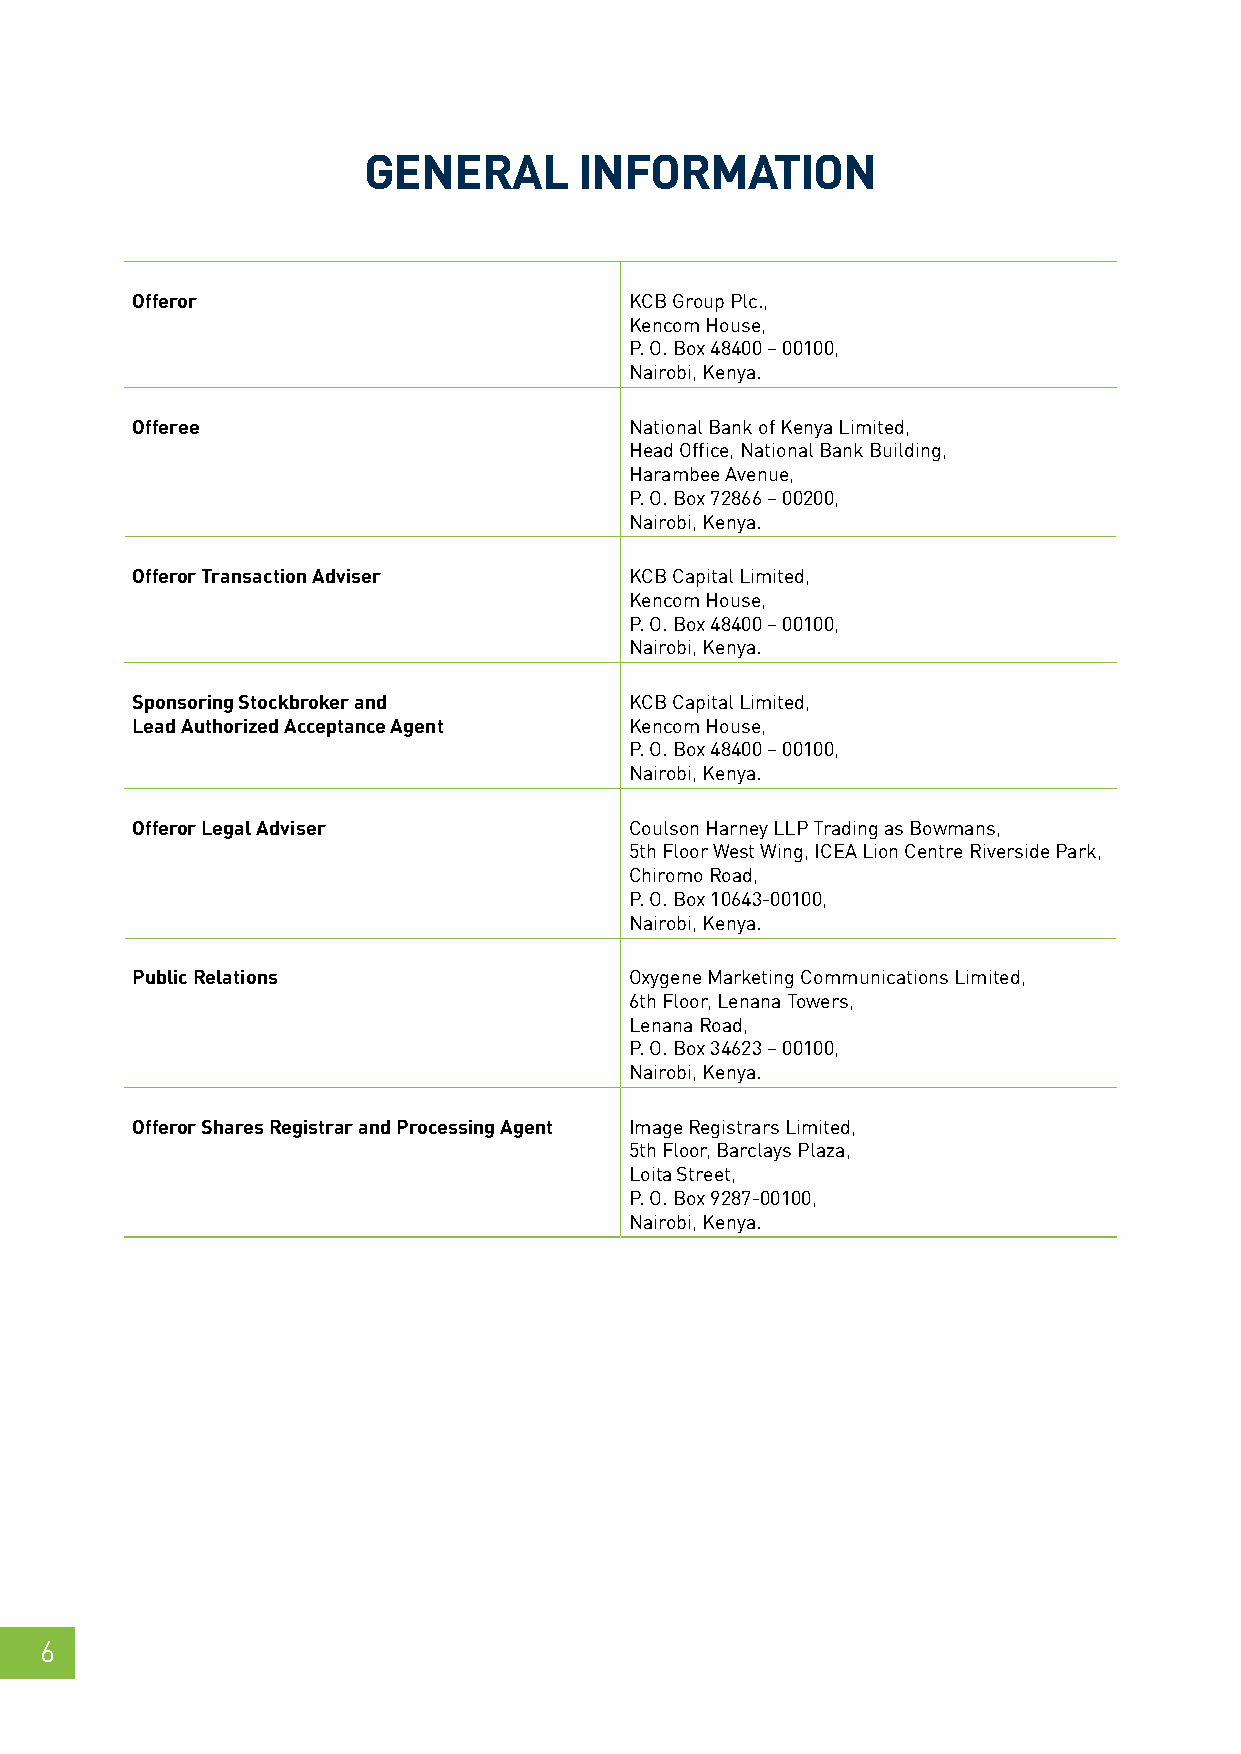
GENERAL       INFORMATION
 Offeror                          KCB Group Plc.,
 Kencom House,
 P. O. Box 48400 – 00100,
 Nairobi, Kenya.
 Offeree                          National Bank of Kenya Limited,
 Head Office, National Bank Building,
 Harambee Avenue,
 P. O. Box 72866 – 00200,
 Nairobi, Kenya.
 Offeror Transaction Adviser      KCB Capital Limited,
 Kencom House,
 P. O. Box 48400 – 00100,
 Nairobi, Kenya.
 Sponsoring Stockbroker and       KCB Capital Limited,
 Lead Authorized Acceptance Agent Kencom House,
 P. O. Box 48400 – 00100,
 Nairobi, Kenya.
 Offeror Legal Adviser            Coulson Harney LLP Trading as Bowmans,
 5th Floor West Wing, ICEA Lion Centre Riverside Park,
 Chiromo Road,
 P. O. Box 10643-00100,
 Nairobi, Kenya.
 Public Relations                 Oxygene Marketing Communications Limited,
 6th Floor, Lenana Towers,
 Lenana Road,
 P. O. Box 34623 – 00100,
 Nairobi, Kenya.
 Offeror Shares Registrar and Processing Agent Image Registrars Limited,
 5th Floor, Barclays Plaza,
 Loita Street,
 P. O. Box 9287-00100,
 Nairobi, Kenya.
 6